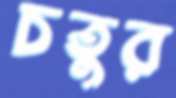
চতুর